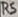
Text: R5